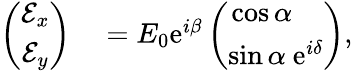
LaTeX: \begin{array}{rl}{\left(\begin{array}{c}{\mathcal{E}_{x}}\\ {\mathcal{E}_{y}}\end{array}\right)}&{{}=E_{0}\mathrm{e}^{i\beta}\left(\begin{array}{c}{\cos\alpha\ \ \ \ }\\ {\sin\alpha\ \mathrm{e}^{i\delta}}\end{array}\right),}\end{array}